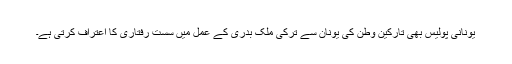
یونانی پولیس بھی تارکین وطن کی یونان سے ترکی ملک بدری کے عمل میں سست رفتاری کا اعتراف کرتی ہے۔